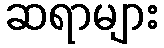
ဆရာများ